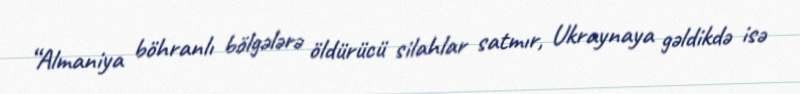
“Almaniya böhranlı bölgələrə öldürücü silahlar satmır, Ukraynaya gəldikdə isə